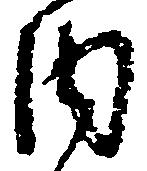
内